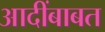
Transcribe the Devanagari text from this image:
आदींबाबत